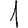
Digit: 1